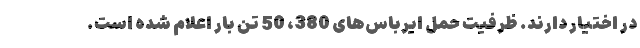
در اختیار دارند. ظرفیت حمل ایرباس‌های 380، 50 تن بار اعلام شده است.